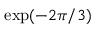
\exp ( - 2 \pi / 3 )